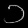
Digit: ၁